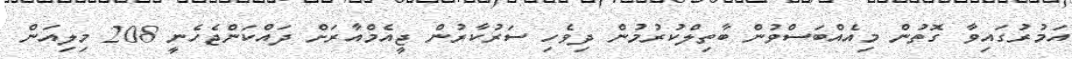
އަމުރުގައިވާ ގޮތުން މިއެއްބަސްވުން ބާތިލްކުރުމުން ދިވެހި ސަރުކާރުން ޖީއެމްއާރަށް ދައްކަންޖެހެނީ 208 މިލިއަން